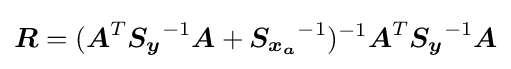
{\boldsymbol {R}}=({\boldsymbol {A}}^{T}{\boldsymbol {S_{y}}}^{-1}{\boldsymbol {A}}+{\boldsymbol {S_{x_{a}}}}^{-1})^{-1}{\boldsymbol {A}}^{T}{\boldsymbol {S_{y}}}^{-1}{\boldsymbol {A}}